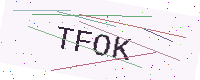
Text: TFOK